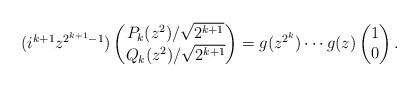
LaTeX: \begin{align*}(i^{k+1} z^{2^{k+1}-1})\begin{pmatrix} P_k(z^2)/\sqrt{2^{k+1}} \\ Q_k(z^2)/\sqrt{2^{k+1}} \end{pmatrix} = g(z^{2^k})\cdots g(z) \begin{pmatrix} 1 \\ 0 \end{pmatrix}.\end{align*}